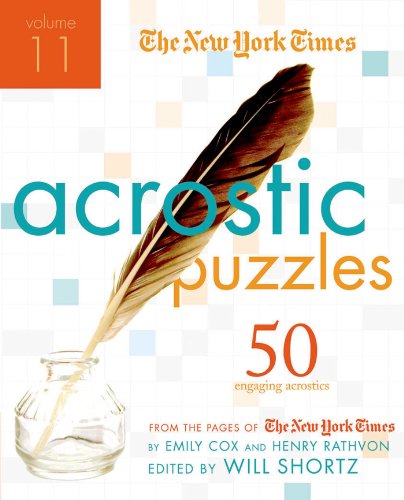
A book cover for The New York Times Acrostic Puzzles Volume 11: 50 Engaging Acrostics from the Pages of The New York Times; The New York Times; Humor & Entertainment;